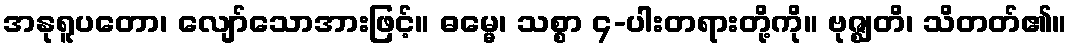
အနုရူပတော၊ လျော်သောအားဖြင့်။ ဓမ္မေ၊ သစ္စာ ၄-ပါးတရားတို့ကို။ ဗုဇ္ဈတိ၊ သိတတ်၏။